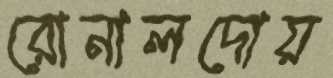
রোনালদোয়